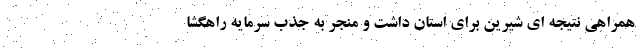
همراهی نتیجه ای شیرین برای استان داشت و منجر به جذب سرمایه راهگشا